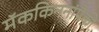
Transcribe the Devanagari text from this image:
मॅककिननांपैकी